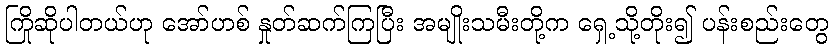
ကြိုဆိုပါတယ်ဟု အော်ဟစ် နှုတ်ဆက်ကြပြီး အမျိုးသမီးတို့က ရှေ့သို့တိုး၍ ပန်းစည်းတွေ